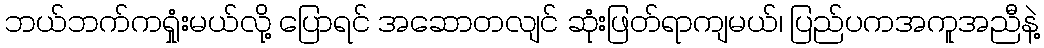
ဘယ်ဘက်ကရှုံးမယ်လို့ ပြောရင် အဆောတလျင် ဆုံးဖြတ်ရာကျမယ်၊ ပြည်ပကအကူအညီနဲ့